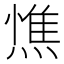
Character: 𭵼